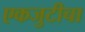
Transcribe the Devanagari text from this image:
एकजुटीचा